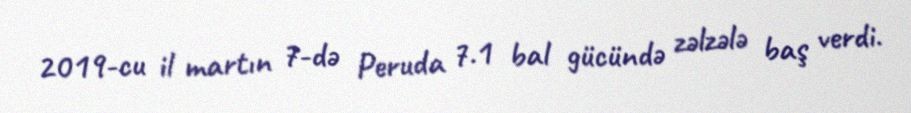
2019-cu il martın 7-də Peruda 7.1 bal gücündə zəlzələ baş verdi.